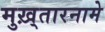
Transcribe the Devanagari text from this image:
मुख़्तारनामे